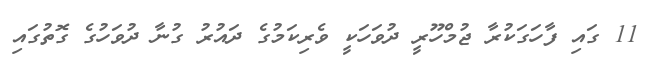
11 ގައި ފާހަގަކުރާ ޖުމްހޫރީ ދުވަހަކީ ވެރިކަމުގެ ދައުރު ގުނާ ދުވަހުގެ ގޮތުގައި